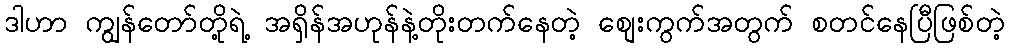
ဒါဟာ ကျွန်တော်တို့ရဲ့ အရှိန်အဟုန်နဲ့တိုးတက်နေတဲ့ စျေးကွက်အတွက် စတင်နေပြီဖြစ်တဲ့